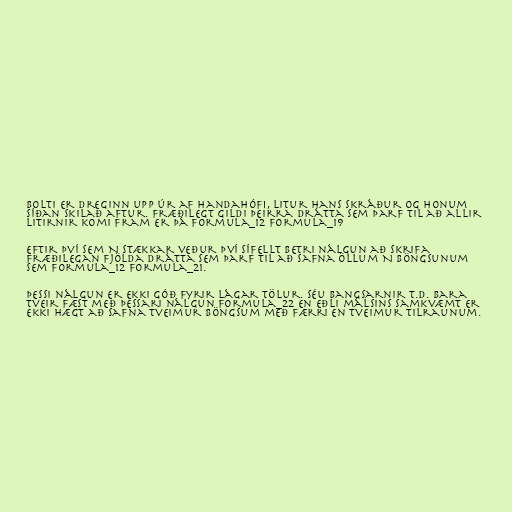
Bolti er dreginn upp úr af handahófi, litur hans skráður og honum
síðan skilað aftur. Fræðilegt gildi þeirra drátta sem þarf til að allir
litirnir komi fram er þá formula_12 formula_19

Eftir því sem N stækkar veður því sífellt betri nálgun að skrifa
fræðilegan fjölda drátta sem þarf til að safna öllum N böngsunum
sem formula_12 formula_21.

Þessi nálgun er ekki góð fyrir lágar tölur. Séu bangsarnir t.d. bara
tveir fæst með þessari nálgun formula_22 en eðli málsins samkvæmt er
ekki hægt að safna tveimur böngsum með færri en tveimur tilraunum.